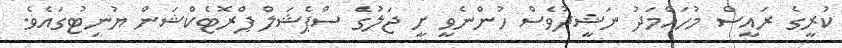
ކުރީގެ ރައީސް މުހައްމަދު ނަޝީދުވެސް ހުންނެވީ ށީ ޖަލުގެ ސްޕެޝަލް ޕްރޮޓެކްޝަން ޔުނިޓުގައެވެ.